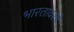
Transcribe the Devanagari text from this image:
भारतावरचे